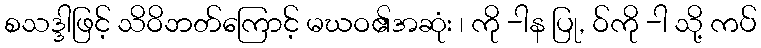
စသဒ္ဒါဖြင့် သိဝိဘတ်ကြောင့် မဃဝ၏အဆုံး ၊ ကို -ါန ပြု, ဝ်ကို -ါ သို့ ကပ်